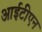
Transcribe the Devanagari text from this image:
आईटीएन